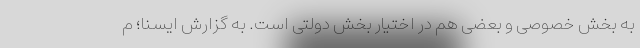
به بخش خصوصی و بعضی هم در اختیار بخش دولتی است. به گزارش ایسنا؛ م